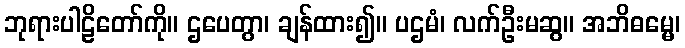
ဘုရားပါဠိတော်ကို။ ဌပေတွာ၊ ချန်ထား၍။ ပဌမံ၊ လက်ဦးမဆွ။ အဘိဓမ္မေ၊